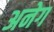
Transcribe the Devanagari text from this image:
अनेग